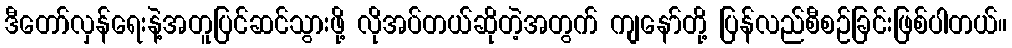
ဒီတော်လှန်ရေးနဲ့အတူပြင်ဆင်သွားဖို့ လိုအပ်တယ်ဆိုတဲ့အတွက် ကျနော်တို့ ပြန်လည်စီစဉ်ခြင်းဖြစ်ပါတယ်။